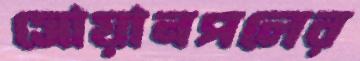
সোয়ানপলের